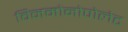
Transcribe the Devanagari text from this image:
विनमोनोपोलेट